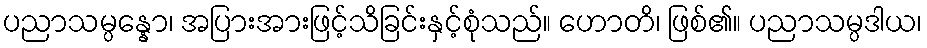
ပညာသမ္ပန္နော၊ အပြားအားဖြင့်သိခြင်းနှင့်စုံသည်။ ဟောတိ၊ ဖြစ်၏။ ပညာသမ္ပဒါယ၊